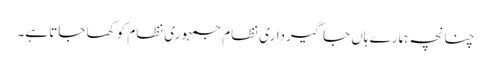
چنانچہ ہمارے ہاں جاگیرداری نظام جمہوری نظام کو کھا جاتا ہے۔